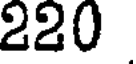
220